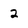
Character: 2